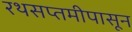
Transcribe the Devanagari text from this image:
रथसप्तमीपासून